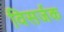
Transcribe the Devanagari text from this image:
विसर्जक